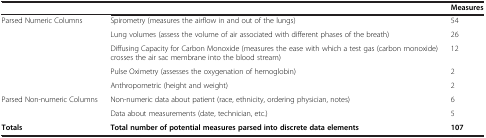
<table><thead><tr><td><b> </b></td><td><b> </b></td><td><b>Measures</b></td></tr></thead><tbody><tr><td>Parsed Numeric Columns</td><td>Spirometry (measures the airflow in and out of the lungs)</td><td>54</td></tr><tr><td> </td><td>Lung volumes (assess the volume of air associated with different phases of the breath)</td><td>26</td></tr><tr><td> </td><td>Diffusing Capacity for Carbon Monoxide (measures the ease with which a test gas (carbon monoxide) crosses the air sac membrane into the blood stream)</td><td>12</td></tr><tr><td> </td><td>Pulse Oximetry (assesses the oxygenation of hemoglobin)</td><td>2</td></tr><tr><td> </td><td>Anthropometric (height and weight)</td><td>2</td></tr><tr><td>Parsed Non-numeric Columns</td><td>Non-numeric data about patient (race, ethnicity, ordering physician, notes)</td><td>6</td></tr><tr><td> </td><td>Data about measurements (date, technician, etc.)</td><td>5</td></tr><tr><td><b>Totals</b></td><td><b>Total number of potential measures parsed into discrete data elements</b></td><td><b>107</b></td></tr></tbody></table>